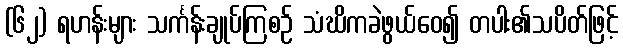
(၆၂) ရဟန်းများ သင်္ကန်းချုပ်ကြစဉ် သံဃိကခဲဖွယ်ဝေ၍ တပါး၏သပိတ်ဖြင့်